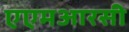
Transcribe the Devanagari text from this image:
एएमआरसी